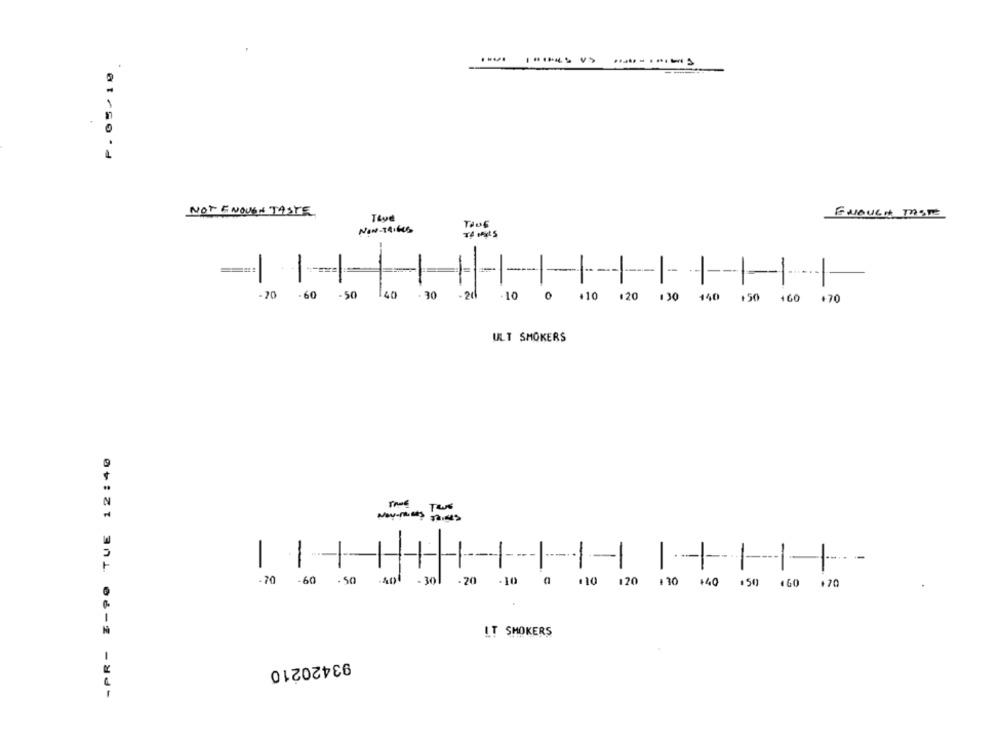
............. ..........
P. 05/10
NOT ENOUGH TASTE
Tour
ENOUGH TASTE
NOW-19IKKS
-
-
- 70
.60
-50
140
- 30
- 21
.10
0 +10 120 130 140 150 160 +70
ULT SMOKERS
-PR- I-90 TUE 12:40
-
-
-
-
-
-
-70
-60 .50
- 301
.70
-10
a
110 120 130 +40 .50 .60 +70
LT SMOKERS
93420210